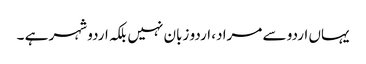
یہاں اردو سے مراد، اردو زبان نہیں بلکہ اردو شہر ہے ۔